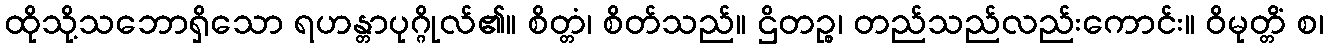
ထိုသို့သဘောရှိသော ရဟန္တာပုဂ္ဂိုလ်၏။ စိတ္တံ၊ စိတ်သည်။ ဌိတဉ္စ၊ တည်သည်လည်းကောင်း။ ဝိမုတ္တိံ စ၊